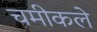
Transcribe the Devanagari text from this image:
चमीकले